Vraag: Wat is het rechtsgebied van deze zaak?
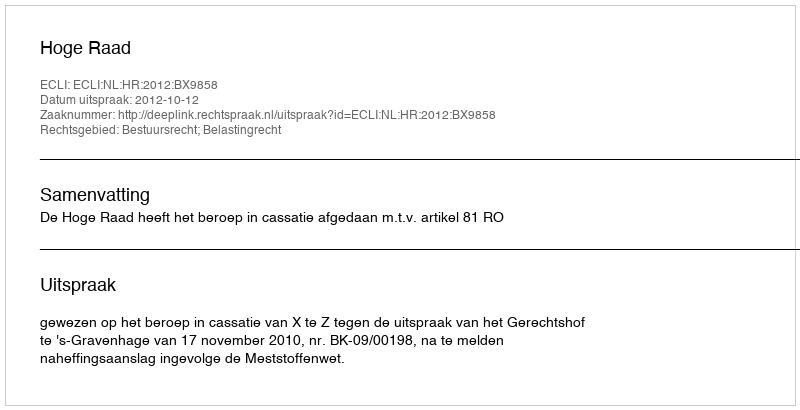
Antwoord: Bestuursrecht; Belastingrecht